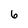
Character: 6